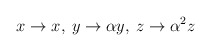
\begin{align*}x \rightarrow x, \: y \rightarrow \alpha y, \: z \rightarrow \alpha^2 z\end{align*}